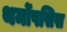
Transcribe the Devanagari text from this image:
थर्मोपसिस